Lunatic asylums in Bengal annual reports 1899-1911 - 1899-1911
Year: 1899
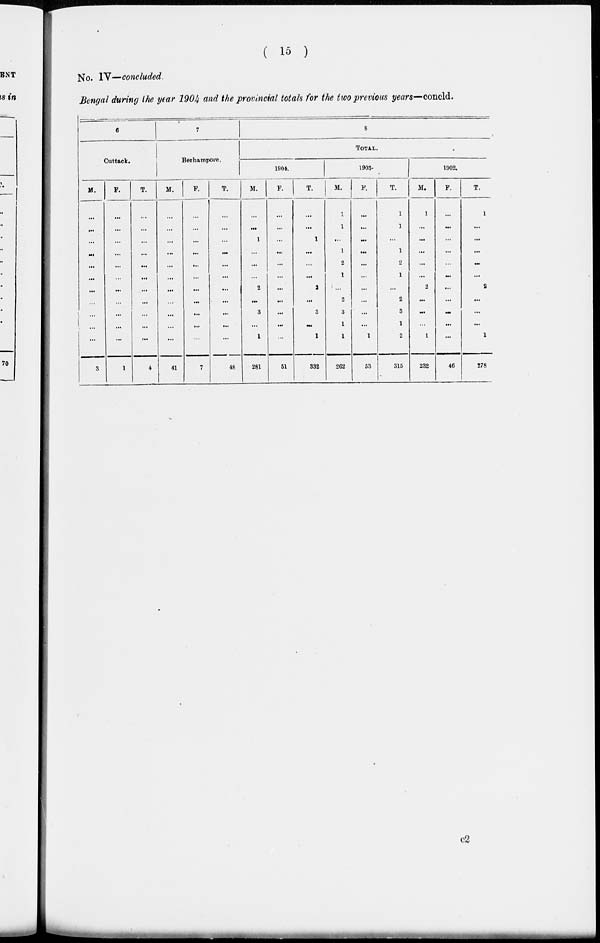
( 15 )
No. IV—concluded
Bengal during the year 1904 and the provincial totals for the two previous years—concld.
6
Cuttack.
M.
...
...
...
...
...
...
...
...
...
...
...
3
F.
...
...
...
...
...
...
...
...
...
...
...
1
T.
...
...
...
...
...
...
...
...
...
...
...
4
7
Berhampore.
M.
...
...
...
...
...
...
...
...
...
...
...
41
F.
...
...
...
...
...
...
...
...
...
...
...
7
T.
...
...
...
...
...
...
...
...
...
...
...
48
8
TOTAL.
1904.
M.
...
...
1
...
...
...
2
...
3
...
1
281
F.
...
...
...
...
...
...
...
...
...
...
...
51
T.
...
...
1
...
...
...
2
...
3
...
1
332
1903.
M.
1
1
...
1
2
1
...
2
3
1
1
262
F.
...
...
...
...
...
...
...
...
...
...
1
53
T.
1
1
...
1
2
1
...
2
3
1
2
315
1902.
M.
1
...
...
...
...
...
2
...
...
...
1
232
F.
...
...
...
...
...
...
...
...
...
...
...
46
T.
1
...
...
...
...
...
2
...
...
...
1
278
C2